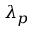
\lambda _ { p }